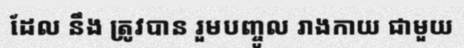
ដែល នឹង ត្រូវបាន រួមបញ្ចូល រាងកាយ ជាមួយ